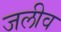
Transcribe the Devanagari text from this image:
जलीव